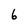
Character: 6